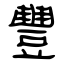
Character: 豐